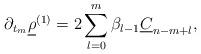
LaTeX: \begin{align*} \partial_{t_{m}}\underline{\rho}^{(1)}=2\sum_{l=0}^{m}\beta_{l-1}\underline{C}_{n-m+l},\end{align*}